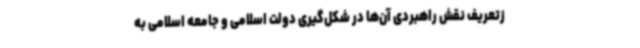
زتعریف نقش راهبردی آن‌ها در شکل‌گیری دولت اسلامی و جامعه اسلامی به